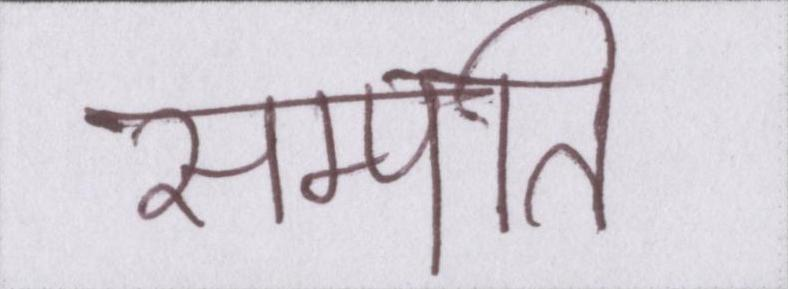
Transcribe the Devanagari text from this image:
सम्पत्ति